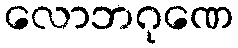
လောဘဂုဏေ